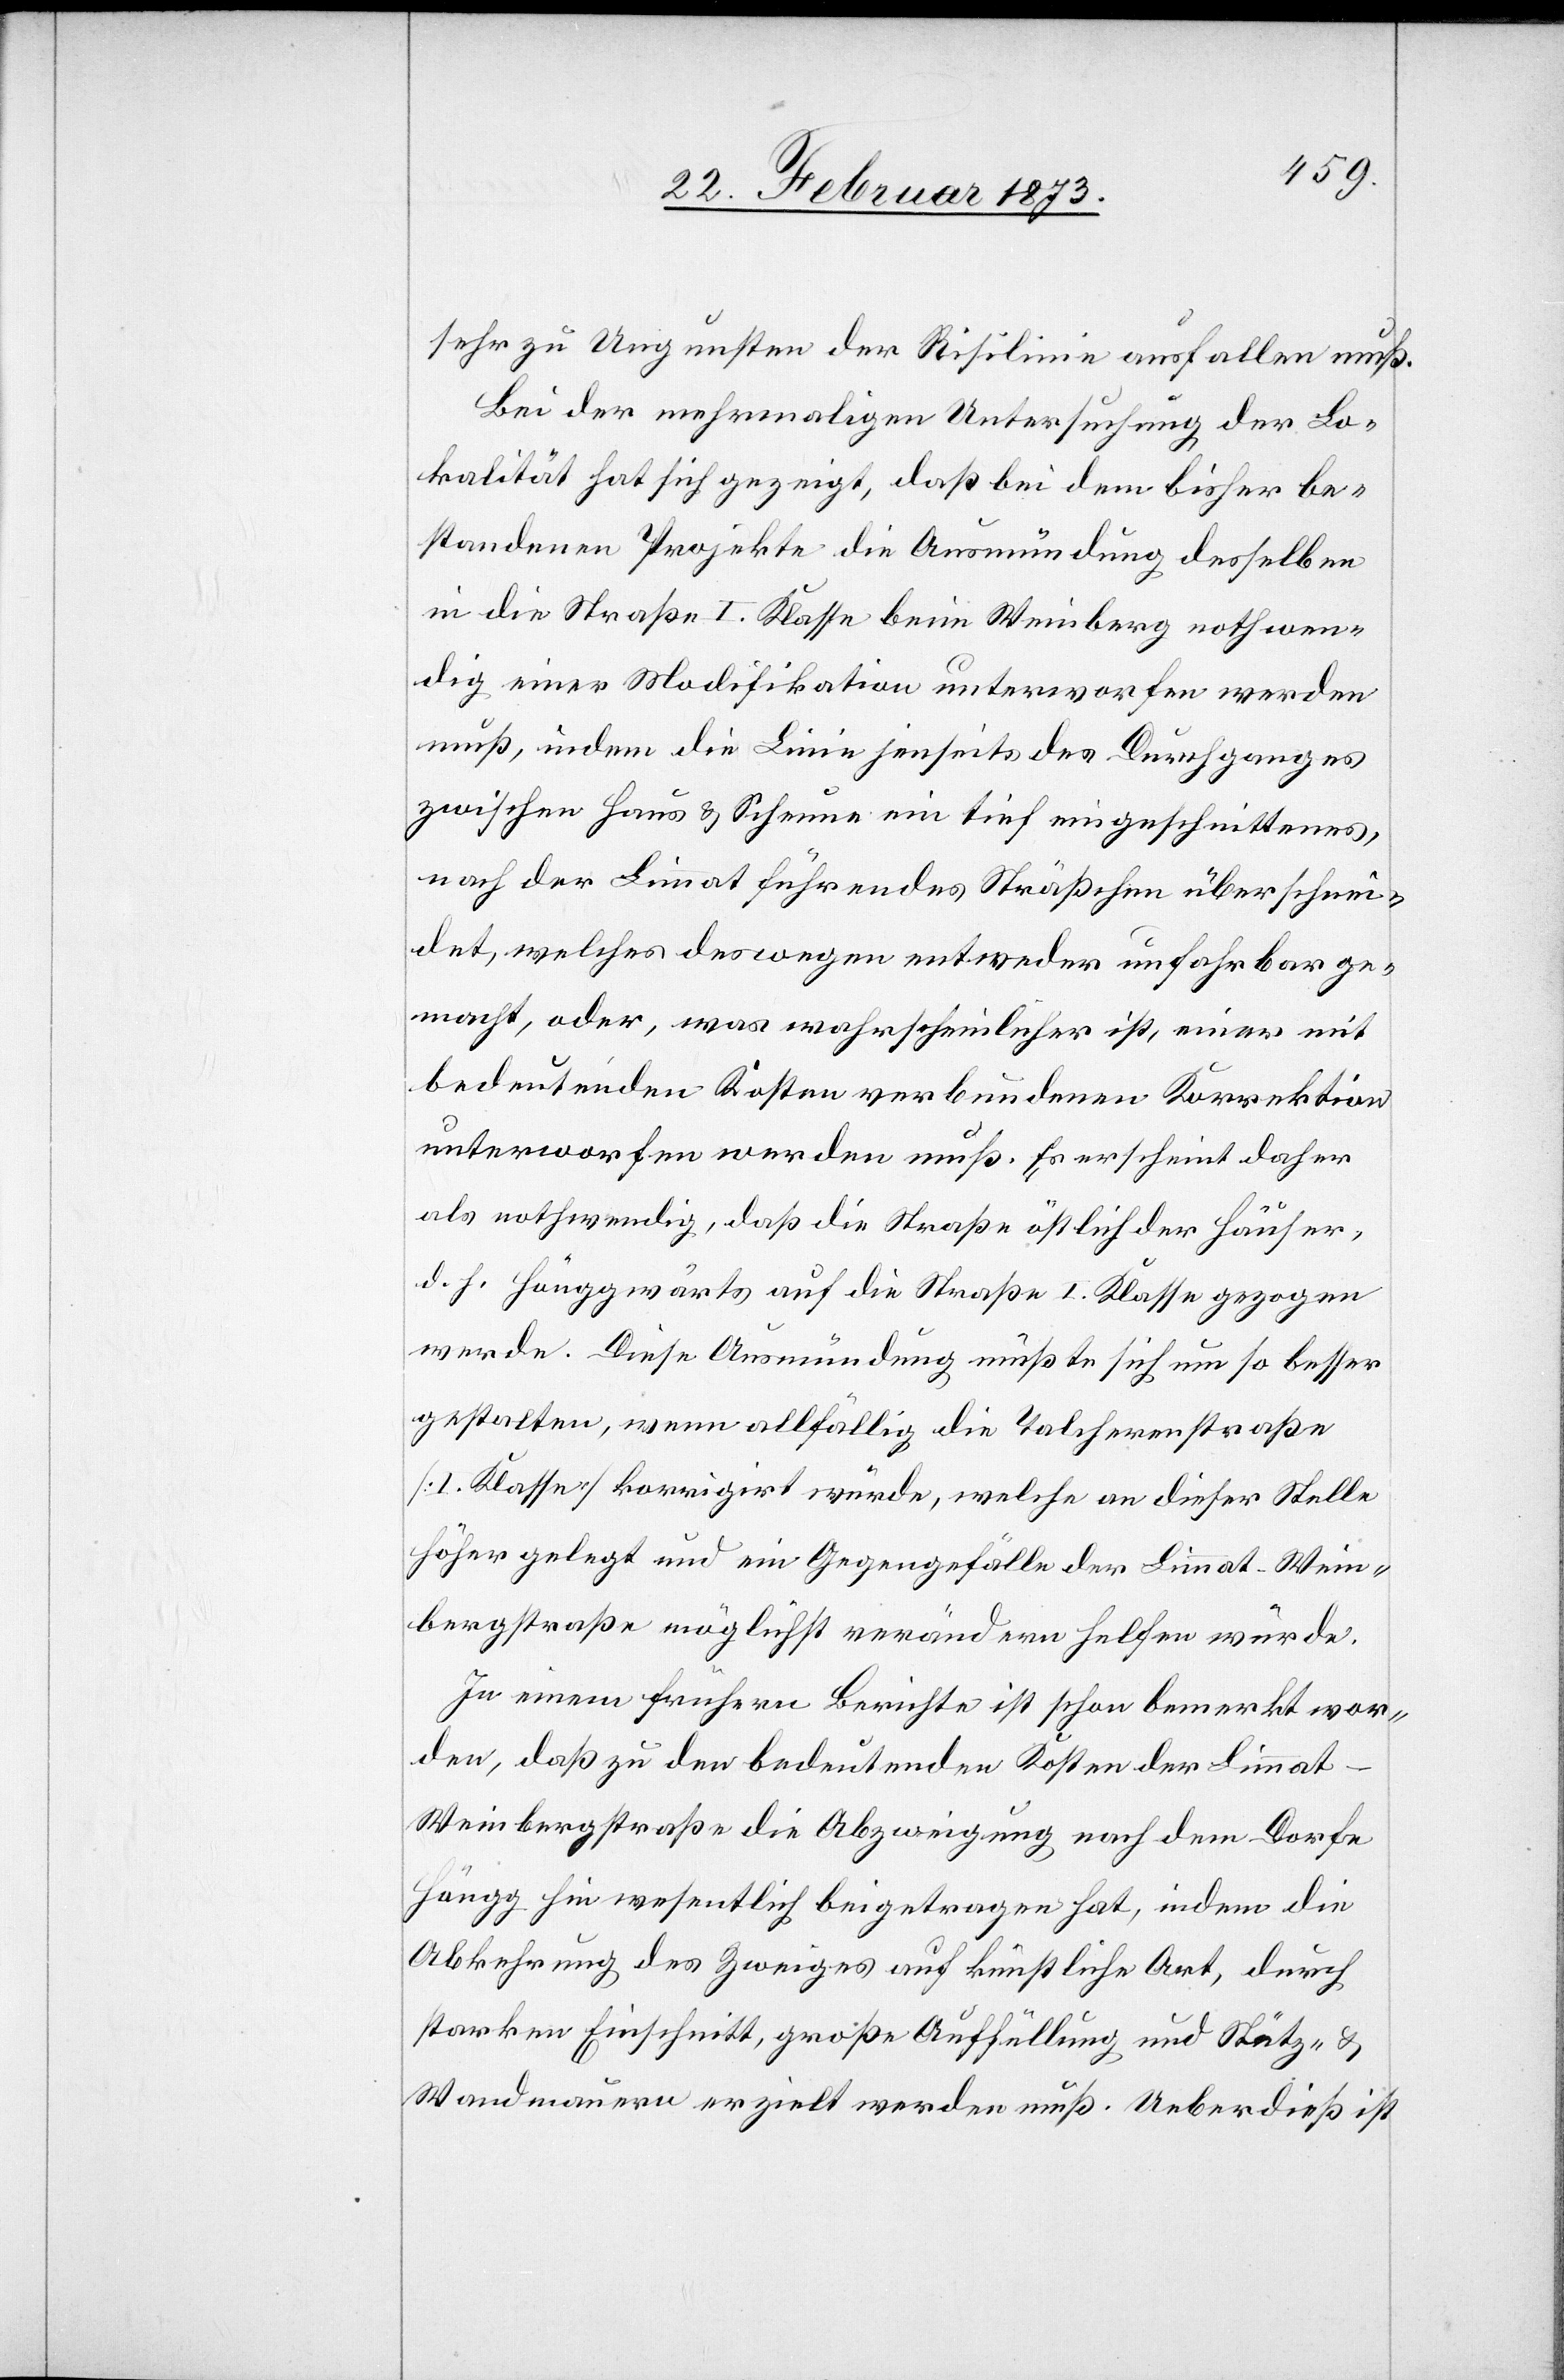
sehr zu Ungunsten der Risilinie ausfallen muß.
Bei der mehrmaligen Untersuchung der Lo¬
kalität hat sich gezeigt, daß bei dem bisher be¬
standenen Projekte die Ausmündung desselben
in die Straße I. Klasse beim Weinberg nothwen¬
dig einer Modifikation unterworfen werden
muß, indem die Linie jenseits des Durchganges
zwischen Haus u. Scheune ein tief eingeschnittenes,
nach der Limmat führendes Sträßchen überschnei¬
det, welches deswegen entweder unfahrbar ge¬
macht, oder, was wahrscheinlicher ist, einer mit
bedeutenden Kosten verbundenen Korrektion
unterworfen werden muß. Es erscheint daher
als nothwendig, daß die Straße östlich der Häuser,
d. h. hönggwärts auf die Straße I. Klasse gezogen
werde. Diese Ausmündung müßte sich um so besser
gestalten, wenn allfällig die Talcherenstraße
[I. Klasse] korrigirt würde, welche an dieser Stelle
höher gelegt und im Gegengefälle der Limmat–Wein¬
bergstraße möglichst verändern helfen würde.
In einem frühern Berichte ist schon bemerkt wor¬
den, daß zu den bedeutenden Kosten der Limmat-W¬
einbergstraße die Abzweigung nach dem Dorfe
Höngg hin wesentlich beigetragen hat, indem die
Abkehrung des Zweiges auf künstliche Art, durch
starken Einschnitt, große Auffüllung und Stütz- u.
Wandmauern erzielt werden muß. Ueberdieß ist